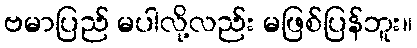
ဗမာပြည် မပါလို့လည်း မဖြစ်ပြန်ဘူး။